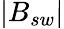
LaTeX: |{B_{sw}}|